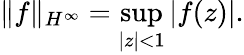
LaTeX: \| f\| _{H^{\infty}}=\operatorname*{sup}_{|z|<1}\left|f(z)\right|.